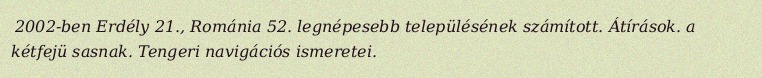
2002-ben Erdély 21., Románia 52. legnépesebb településének számított. Átírások. a kétfejü sasnak. Tengeri navigációs ismeretei.